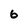
Character: 6